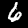
Label: 6